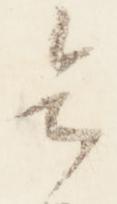
令